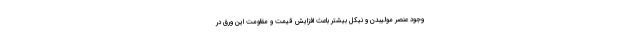
وجود عنصر مولیبدن و نیکل بیشتر باعث افزایش قیمت و مقاومت این ورق در